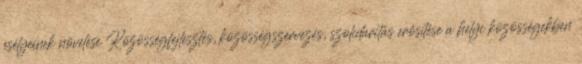
esélyeinek növelése Közösségfejlesztés, közösségszervezés, szolidaritás erősítése a helyi közösségekben